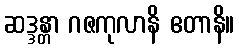
ဆဒ္ဒန္တာ ဂဇကုလာနိ ဧတာနိ။